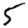
Digit: 5